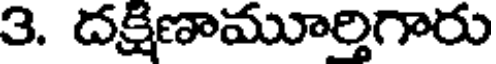
3. దక్షిణామూర్తిగారు